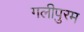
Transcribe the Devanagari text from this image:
गलीपुरम